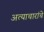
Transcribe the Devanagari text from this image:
अत्याचारांचे